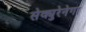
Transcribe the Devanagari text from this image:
सेक्युरेनेगा